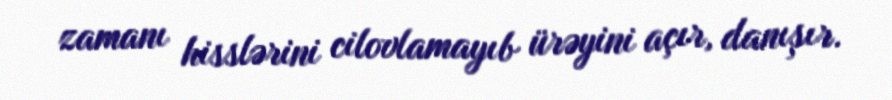
zamanı hisslərini cilovlamayıb ürəyini açır, danışır.